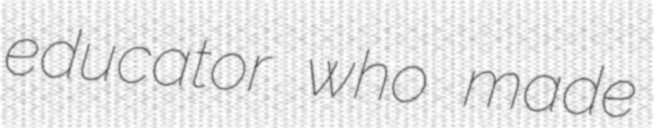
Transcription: educator who made